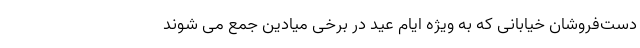
دست‌فروشان خیابانی که به ویژه ایام عید در برخی میادین جمع می شوند